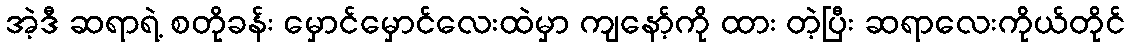
အဲ့ဒီ ဆရာရဲ့ စတိုခန်း မှောင်မှောင်လေးထဲမှာ ကျနော့်ကို ထား တဲ့ပြီး ဆရာလေးကိုယ်တိုင်